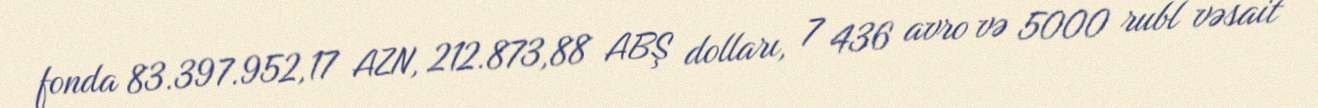
fonda 83.397.952,17 AZN, 212.873,88 ABŞ dolları, 7 436 avro və 5000 rubl vəsait